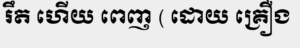
រឹត ហើយ ពេញ ( ដោយ គ្រឿង